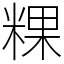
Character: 粿